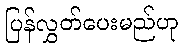
ပြန်လွှတ်ပေးမည်ဟု